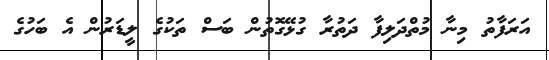
އަރަފާތު މިނާ މުތްދަލިފާ ދަތުރާ ގުޅޭގޮތުން ބަސް ތަކުގެ ލީޑަރުން އެ ބަހުގެ